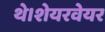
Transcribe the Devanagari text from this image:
थे।शेयरवेयर